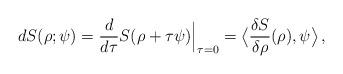
LaTeX: \begin{align*}d S (\rho ; \psi ) = \frac{d}{d\tau} S (\rho + \tau \psi ) \Big |_{\tau = 0} = \big \langle \frac{\delta S}{\delta \rho }(\rho) , \psi \big \rangle \, ,\end{align*}